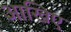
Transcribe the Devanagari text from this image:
आखिए